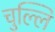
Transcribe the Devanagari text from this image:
चुल्लि